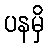
ပနမှိ